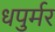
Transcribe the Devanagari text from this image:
धपुर्मर